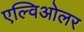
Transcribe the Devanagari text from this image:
एल्विओलर